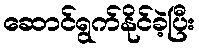
ဆောင်ရွက်နိုင်ခဲ့ပြီး